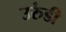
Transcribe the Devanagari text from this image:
उरुंडी